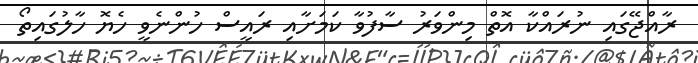
ރާއްޖޭގައި ނުރައްކާ އޮތް މިންވަރު ސާފުވާ ކަމަށާއި ރައީސް ހުންނެވީ ހެޔޮ ހާލުގައިތޯ